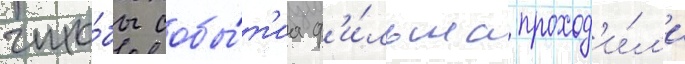
что́бы собы́т'иа ф'и́льма проход'и́л'и